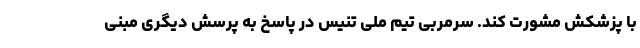
با پزشکش مشورت کند. سرمربی تیم ملی تنیس در پاسخ به پرسش دیگری مبنی